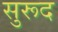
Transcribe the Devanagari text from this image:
सुरूद